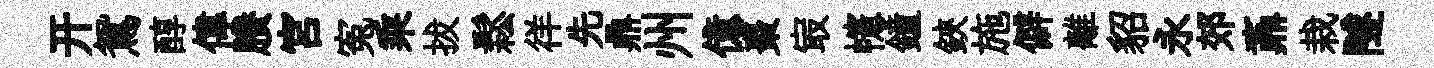
开鴛醇偉賸宮寃乘拔鬆徉先鼎州億棗㝡幰鐘鋏施僻離貂永郊鼒栽隧